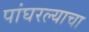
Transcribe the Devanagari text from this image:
पांघरल्याचा